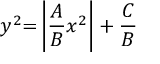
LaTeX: y ^ { 2 } { = } \left| { \frac { A } { B } } x ^ { 2 } \right| + { \frac { C } { B } }